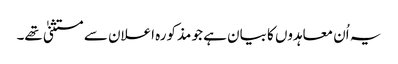
یہ اُن معاہدوں کا بیان ہے جو مذکورہ اعلان سے مستثنیٰ تھے۔